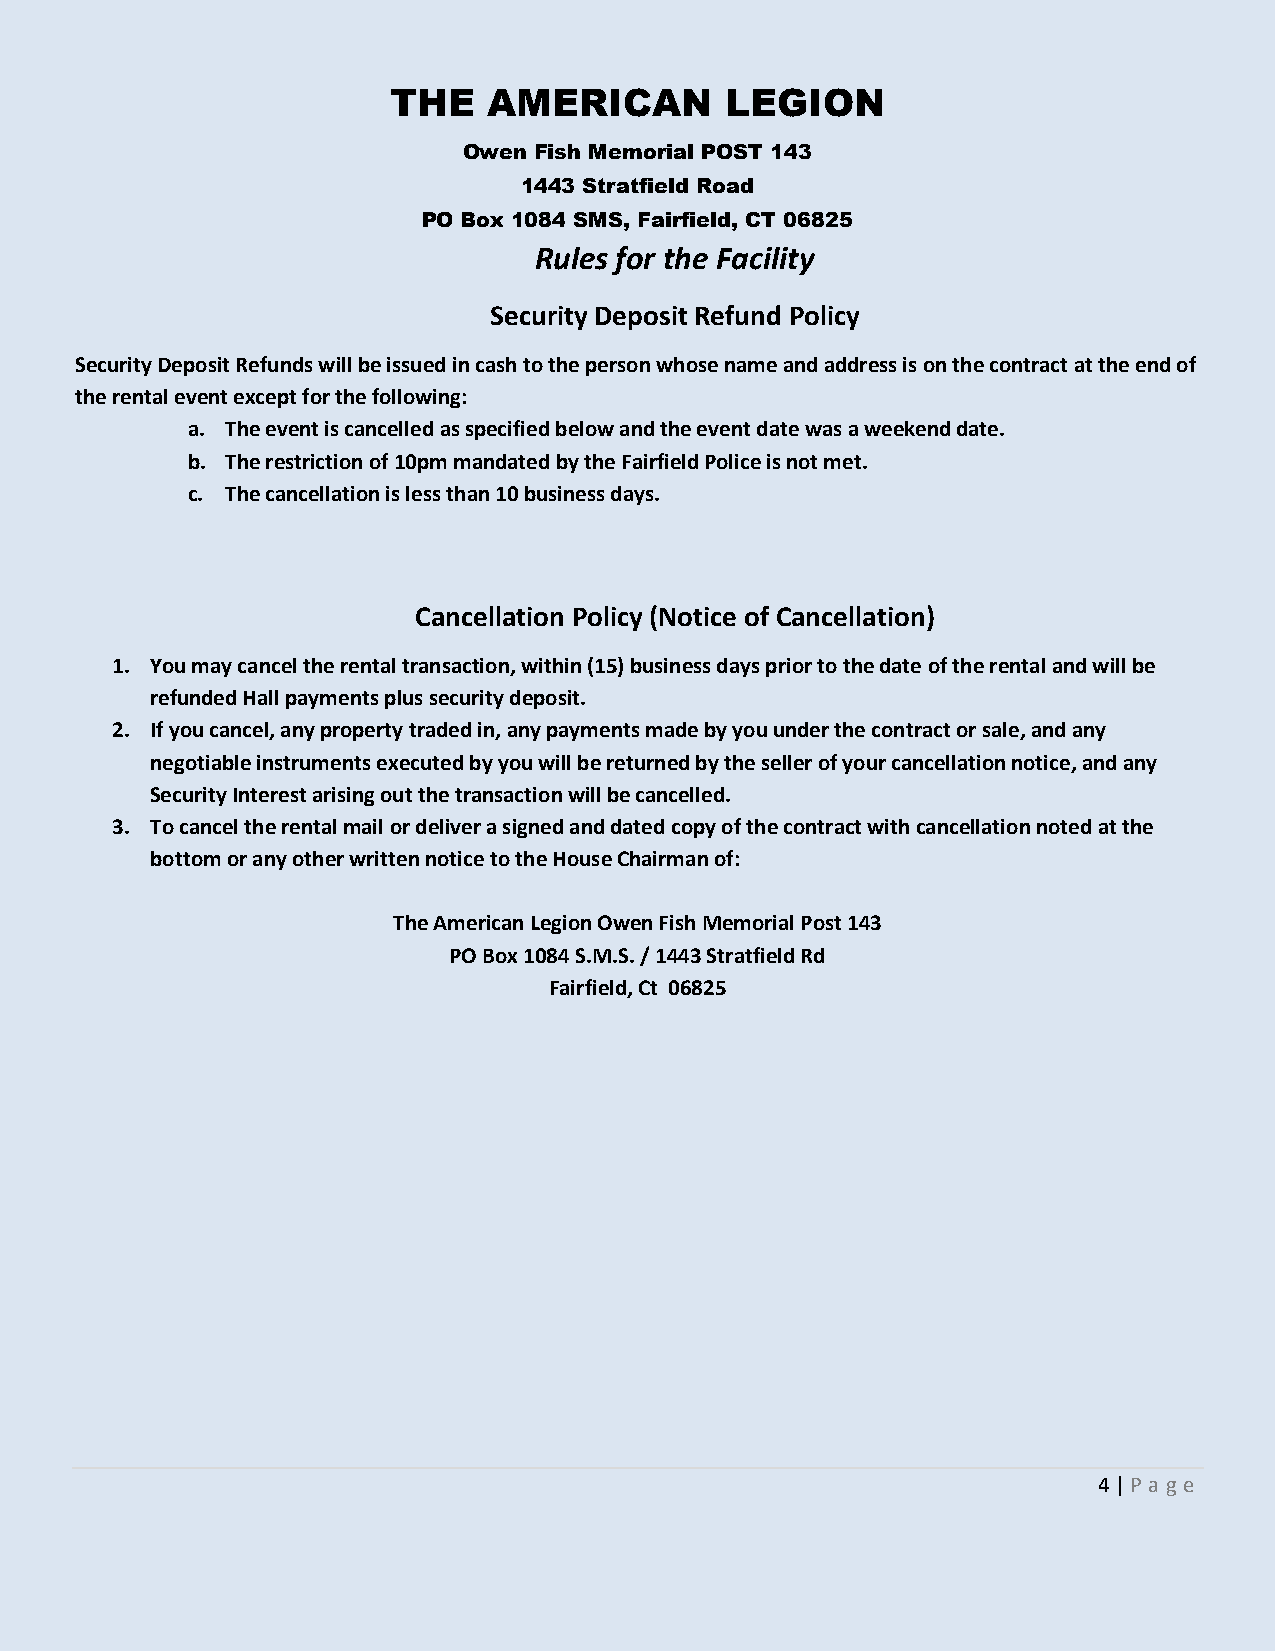
THE   AMERICAN        LEGION
 Owen Fish Memorial POST 143
 1443 Stratfield Road
 PO Box 1084 SMS, Fairfield, CT 06825
 Rules for the Facility
 Security Deposit Refund Policy
 Security Deposit Refunds will be issued in cash to the person whose name and address is on the contract at the end of
 the rental event except for the following:
 a. The event is cancelled as specified below and the event date was a weekend date.
 b. The restriction of 10pm mandated by the Fairfield Police is not met.
 c. The cancellation is less than 10 business days.
 Cancellation Policy (Notice of Cancellation)
 1. You may cancel the rental transaction, within (15) business days prior to the date of the rental and will be
 refunded Hall payments plus security deposit.
 2. If you cancel, any property traded in, any payments made by you under the contract or sale, and any
 negotiable instruments executed by you will be returned by the seller of your cancellation notice, and any
 Security Interest arising out the transaction will be cancelled.
 3. To cancel the rental mail or deliver a signed and dated copy of the contract with cancellation noted at the
 bottom or any other written notice to the House Chairman of:
 The American Legion Owen Fish Memorial Post 143
 PO Box 1084 S.M.S. / 1443 Stratfield Rd
 Fairfield, Ct 06825
 4 | P age